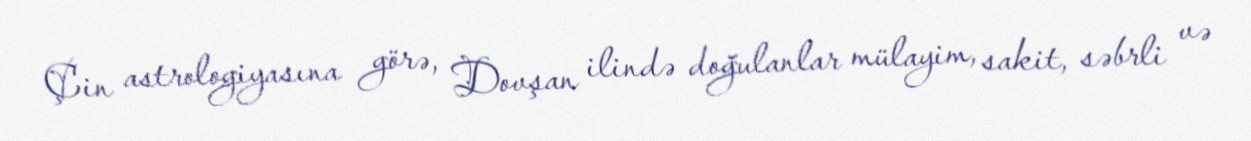
Çin astrologiyasına görə, Dovşan ilində doğulanlar mülayim, sakit, səbrli və